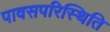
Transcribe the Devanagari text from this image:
पावसपरिस्थिति